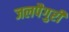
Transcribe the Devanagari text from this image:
जलपैगुरी